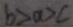
b > a > c